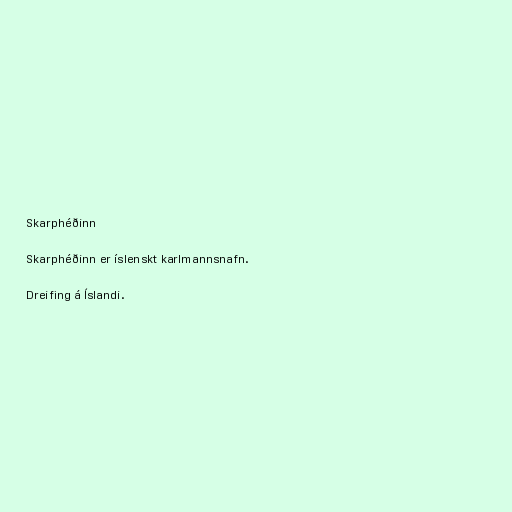
Skarphéðinn

Skarphéðinn er íslenskt karlmannsnafn.

Dreifing á Íslandi.